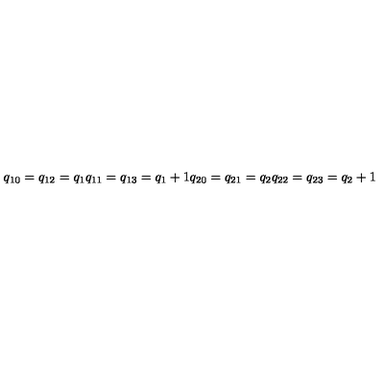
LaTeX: q _ { 1 0 } = q _ { 1 2 } = q _ { 1 } q _ { 1 1 } = q _ { 1 3 } = q _ { 1 } + 1 q _ { 2 0 } = q _ { 2 1 } = q _ { 2 } q _ { 2 2 } = q _ { 2 3 } = q _ { 2 } + 1